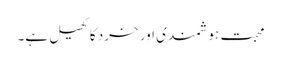
محبت ہوشمندی اور خرد کا کھیل ہے۔